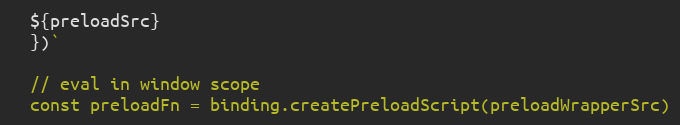
Language: JavaScript
  ${preloadSrc}
  })`

  // eval in window scope
  const preloadFn = binding.createPreloadScript(preloadWrapperSrc)